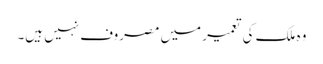
وہ ملک کی تعمیر میں مصروف نہیں ہیں۔